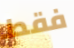
فقط